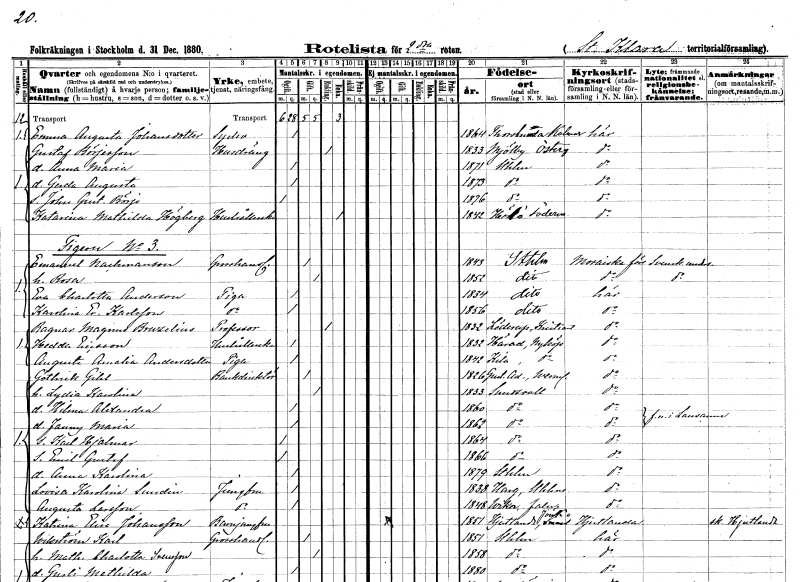
gt_parse: households: individuals: FN: Emma Augusta
EN: Johansdotter
YRKE: Syelev
KON: K
CIV: O
FODAR: 1864
FODFORS: Torslunda Kalmar län
FN: Gustaf
EN: Börjesson
YRKE: Husdräng
KON: M
CIV: E
FODAR: 1833
FODFORS: Mjölby Östergötlands län
FN: Anna Maria
KON: K
CIV: O
FODAR: 1871
FODFORS: Stockholm
FN: Gerda Augusta
KON: K
CIV: O
FODAR: 1873
FODFORS: Stockholm
FN: John Gustaf Börje
KON: M
CIV: O
FODAR: 1876
FODFORS: Stockholm
FN: Katarina Mathilda
EN: Högberg
YRKE: Hushållerska
KON: K
CIV: E
FODAR: 1842
FODFORS: Hölö Stockholms län
FN: Emanuel
EN: Nachmanson
YRKE: Grosshandlare
KON: M
CIV: G
FODAR: 1843
FODFORS: Stockholm
FN: Rosa
KON: K
CIV: G
FODAR: 1852
FODFORS: Stockholm
FN: Eva Charlotta
EN: Anderson
YRKE: Piga
KON: K
CIV: O
FODAR: 1834
FODFORS: Stockholm
FN: Karolina Erika
EN: Karlsson
YRKE: Piga
KON: K
CIV: O
FODAR: 1856
FODFORS: Stockholm
FN: Ragnar Magnus
EN: Bruzelius
YRKE: Professor
KON: M
CIV: E
FODAR: 1832
FODFORS: Löderup Malmöhus län
FN: Hedda
EN: Ericsson
YRKE: Hushållerska
KON: K
CIV: O
FODAR: 1832
FODFORS: Härad Södermanlands län
FN: Augusta Amalia
EN: Andersdotter
YRKE: Piga
KON: K
CIV: O
FODAR: 1842
FODFORS: Kila Södermanlands län
FN: Göthrik
EN: Gihl
YRKE: Bankdirektör
KON: M
CIV: G
FODAR: 1826
FODFORS: Gustav Adolf Värmlands län
FN: Lydia Karolina
KON: K
CIV: G
FODAR: 1833
FODFORS: Sundsvall Västernorrlands län
FN: Hilma Alexandra
KON: K
CIV: O
FODAR: 1860
FODFORS: Sundsvall Västernorrlands län
FN: Fanny Maria
KON: K
CIV: O
FODAR: 1862
FODFORS: Sundsvall Västernorrlands län
FN: Karl Hjalmar
KON: M
CIV: O
FODAR: 1864
FODFORS: Sundsvall Västernorrlands län
FN: Emil Gustaf
KON: M
CIV: O
FODAR: 1866
FODFORS: Sundsvall Västernorrlands län
FN: Anna Karolina
KON: K
CIV: O
FODAR: 1879
FODFORS: Stockholm
FN: Lovisa Karolina
EN: Sundin
YRKE: Jungfru
KON: K
CIV: O
FODAR: 1838
FODFORS: Harg Uppsala län
FN: Augusta
EN: Larsson
YRKE: Jungfru
KON: K
CIV: O
FODAR: 1848
FODFORS: Vika Kopparbergs län